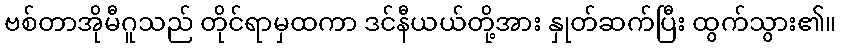
ဗစ်တာအိုမီဂူသည် တိုင်ရာမှထကာ ဒင်နီယယ်တို့အား နှုတ်ဆက်ပြီး ထွက်သွား၏။